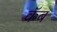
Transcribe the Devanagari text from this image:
कॅब